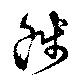
餞